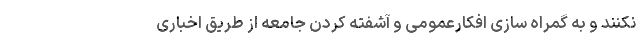
نکنند و به گمراه سازی افکارعمومی و آشفته کردن جامعه از طریق اخباری